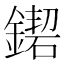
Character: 𨫛